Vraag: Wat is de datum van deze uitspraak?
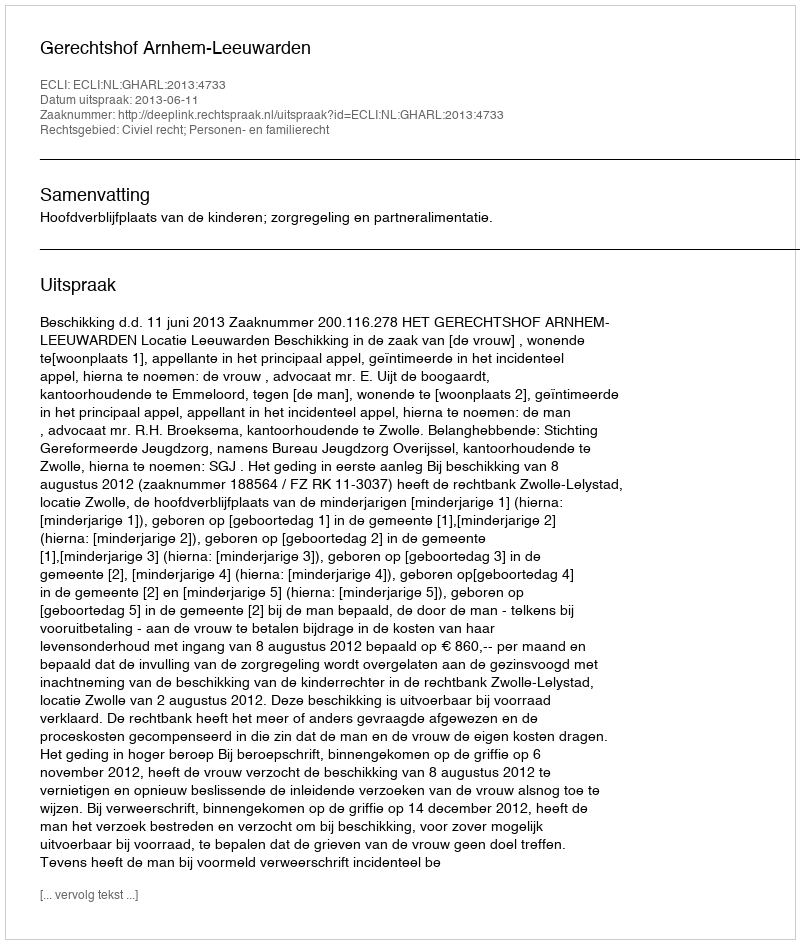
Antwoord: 2013-06-11